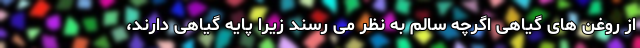
از روغن های گیاهی اگرچه سالم به نظر می رسند زیرا پایه گیاهی دارند،